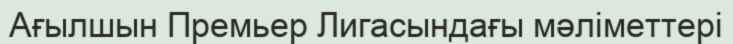
Ағылшын Премьер Лигасындағы мәліметтері